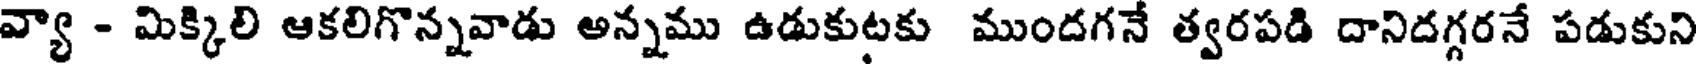
వ్యా - మిక్కిలి ఆకలిగొన్నవాడు అన్నము ఉడుకుటకు ముందగనే త్వరపడి దానిదగ్గరనే పడుకుని